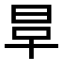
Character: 𣆉